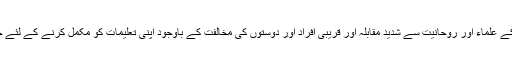
1938ء میں رضا خان کے علماء اور روحانیت سے شدید مقابلہ اور قریبی افراد اور دوستوں کی مخالفت کے باوجود اپنی تعلیمات کو مکمل کرنے کے لئے حوزہ علمیہ قم کا سفر کیا۔